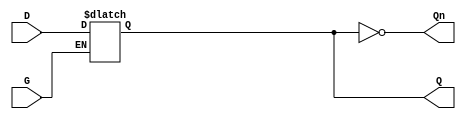
module gated_latch (
    input wire D,   // Data Input
    input wire G,   // Gate / Enable Signal
    output reg Q,   // Output
    output wire Qn  // Complement of Output
);
    
    // Invert Q for Qn output
    assign Qn = ~Q;

    // Always block to define the behavior of the gated latch
    always @(*) begin
        if (G) begin
            Q = D;  // Transparent state
        end else begin
            Q = Q;  // Hold state
        end
    end

endmodule